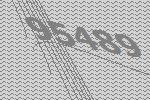
95489